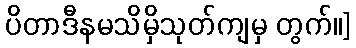
ပိတာဒီနမသိမှိသုတ်ကျမှ တွက်။]